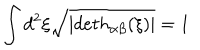
\int d ^ { 2 } \xi \sqrt { | d e t h _ { \alpha \beta } ( \xi ) | } = 1